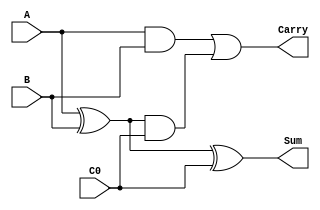
module full_adder(input A,B,C0, output Sum,Carry);

    wire a1,a2,a3;
    xor gate1(a1, A, B);
    and gate2(a2, A, B);
    and  gate3(a3, a1, C0);
    xor gate4(Sum, a1, C0);
    or gate5(Carry, a2, a3);

endmodule

module ADDER_op(
    input [63:0]A,
    input [63:0]B,
    input Cin,
    output [63:0] S,
    output Cout
);

wire [64:0] C;
assign C[0] = Cin;

genvar i;
generate
    for (i=0; i<64; i=i+1) begin
        full_adder inst (.A(A[i]), .B(B[i]), .C0(C[i]), .Sum(S[i]), .Carry(C[i+1]));
    end
endgenerate

xor gate (Cout, C[64], C[63]);

endmodule

module AND_op(
    input [63:0]A,
    input [63:0]B,
    output [63:0] AND_OUT
);


genvar i;
generate
    for (i=0; i<64; i=i+1) begin
        and gate(AND_OUT[i], A[i], B[i]);
    end
endgenerate

endmodule

module XOR_op(
    input [63:0]A,
    input [63:0]B,
    output [63:0] XOR_OUT
);


genvar i;
generate
    for (i=0; i<64; i=i+1) begin
        xor gate(XOR_OUT[i], A[i], B[i]);
    end
endgenerate

endmodule


module alu(
    input [63:0] A,
    input [63:0] B,
    input S0,
    input S1,
    output [63:0] Output,
    output Overflow
);

    wire s0,s1,D0,D1,D2,D3,P,C_in;
    wire [63:0] A_Adder_Subtractor;
    wire [63:0] B_Adder_Subtractor;
    wire [63:0] B_dash;
    wire [63:0] A_XOR;
    wire [63:0] B_XOR;
    wire [63:0] A_And;
    wire [63:0] B_And;
    wire [63:0] Adder_Subtractor;
    wire C_out;

    wire [63:0] And;  
    wire [63:0] Xor; 

    //Decoder
    not gate1(s0, S0);
    not gate2(s1, S1);
    and gate3(D0, s1, s0);
    and gate4(D1, s1, S0);
    and gate5(D2, S1, s0);
    and gate6(D3, S1, S0);
    assign C_in = D1;     // M

    or gate7(P, D0, D1);

    //Enabler
    genvar i;
    generate
        for (i=0; i<64; i=i+1) begin
            and gate(A_Adder_Subtractor[i], P, A[i]);
        end
    endgenerate


    generate
        for (i=0; i<64; i=i+1) begin
            and gate(B_Adder_Subtractor[i], P, B[i]);
        end
    endgenerate


    generate
        for (i=0; i<64; i=i+1) begin
            and gate(A_And[i], D2, A[i]);
        end
    endgenerate


    generate
        for (i=0; i<64; i=i+1) begin
            and gate(B_And[i], D2, B[i]);
        end
    endgenerate

   
    generate
        for (i=0; i<64; i=i+1) begin
            and gate(A_XOR[i], D3, A[i]);
        end
    endgenerate

    
    generate
        for (i=0; i<64; i=i+1) begin
            and gate(B_XOR[i], D3, B[i]);
        end
    endgenerate

    
    generate
        for (i=0; i<64; i=i+1) begin
            xor gate(B_dash[i], C_in, B_Adder_Subtractor[i]);
        end
    endgenerate


    ADDER_op U0 (.A(A_Adder_Subtractor), .B(B_dash), .Cin(C_in), .S(Adder_Subtractor), .Cout(C_out));
    AND_op U1 (.A(A_And), .B(B_And), .AND_OUT(And));
    XOR_op U2 (.A(A_XOR), .B(B_XOR), .XOR_OUT(Xor));
    

   
    generate
        for (i=0; i<64; i=i+1) begin
            or gate(Output[i], Adder_Subtractor[i], And[i], Xor[i]);
        end
    endgenerate

    assign Overflow = C_out;



endmodule